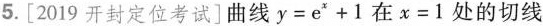
5.[2019开封定位考试]曲线$$y=e^{x}+1$$在$$x=1$$处的切线